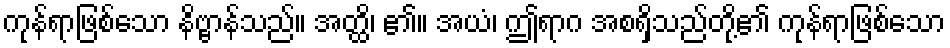
ကုန်ရာဖြစ်သော နိဗ္ဗာန်သည်။ အတ္ထိ၊ ၏။ အယံ၊ ဤရာဂ အစရှိသည်တို့၏ ကုန်ရာဖြစ်သော